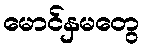
မောင်နှမတွေ